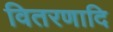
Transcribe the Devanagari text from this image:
वितरणादि